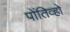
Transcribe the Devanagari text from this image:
पोंतिव्हो